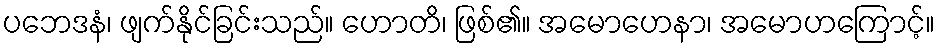
ပဘေဒနံ၊ ဖျက်နိုင်ခြင်းသည်။ ဟောတိ၊ ဖြစ်၏။ အမောဟေနာ၊ အမောဟကြောင့်။